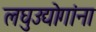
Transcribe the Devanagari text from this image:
लघुउद्योगांना